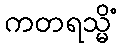
ကတရသ္မိံ